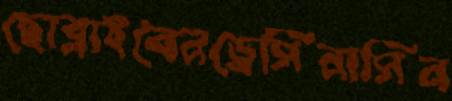
ছোব্‌লাইবেনড্রেসিনাসিন